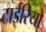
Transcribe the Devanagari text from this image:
टाईरियो